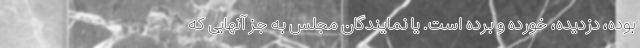
بوده، دزدیده، خورده و برده است. یا نمایندگان مجلس به جز آنهایی که